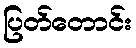
ပြတ်တောင်း